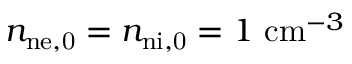
n _ { \mathrm { n { e , } 0 } } = n _ { \mathrm { n { i , } 0 } } = 1 ~ \mathrm { c m } ^ { - 3 }